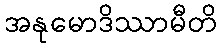
အနုမောဒိဿာမီတိ